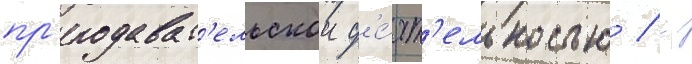
пр'еподават'ельскои д'е́ят'ельностью / -